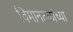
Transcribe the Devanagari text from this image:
विमानतळांच्या